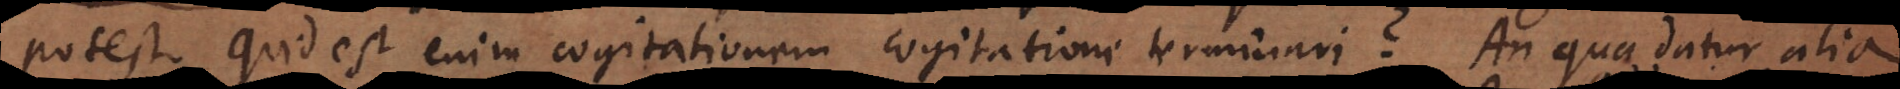
potest. Quid est enim cogitationem cogitatione terminari? An qua datur alia